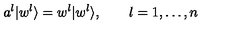
a ^ { l } | w ^ { l } \rangle = w ^ { l } | w ^ { l } \rangle , \qquad l = 1 , \ldots , n